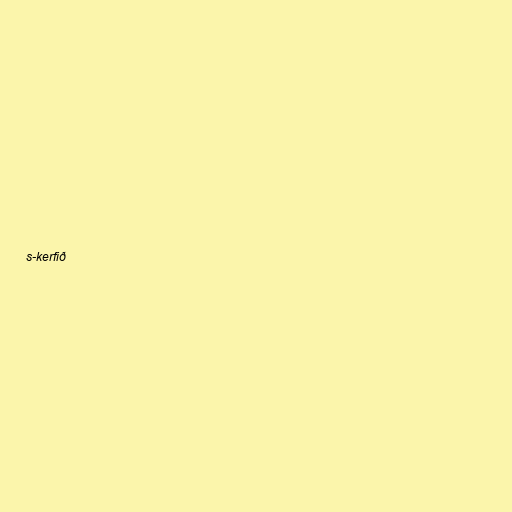
s-kerfið